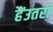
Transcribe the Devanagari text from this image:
हैंउतरी